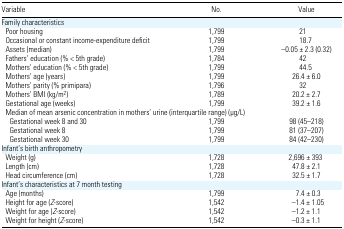
| Variable | No. | Value |
 | --- | --- | --- |
 | <COLSPAN=3> Family characteristics |
 | Poor housing | 1,799 | 21 |
 | Occasional or constant income-expenditure deficit | 1,799 | 18.7 |
 | Assets (median) | 1,799 | −0.05 ± 2.3 (0.32) |
 | Fathers’ education (% < 5th grade) | 1,784 | 42 |
 | Mothers’ education (% < 5th grade) | 1,799 | 44.5 |
 | Mothers’ age (years) | 1,799 | 26.4 ± 6.0 |
 | Mothers’ parity (% primipara) | 1,796 | 32 |
 | Mothers’ BMI (kg/m2 ) | 1,789 | 20.2 ± 2.7 |
 | Gestational age (weeks) | 1,799 | 39.2 ± 1.6 |
 | <COLSPAN=3> Median of mean arsenic concentration in mothers’ urine (interquartile range) (μg/L) |
 | Gestational week 8 and 30 | 1,799 | 98 (45–218) |
 | Gestational week 8 | 1,799 | 81 (37–207) |
 | Gestational week 30 | 1,799 | 84 (42–230) |
 | <COLSPAN=3> Infant’s birth anthropometry |
 | Weight (g) | 1,728 | 2,696 ± 393 |
 | Length (cm) | 1,728 | 47.8 ± 2.1 |
 | Head circumference (cm) | 1,728 | 32.5 ± 1.7 |
 | <COLSPAN=3> Infant’s characteristics at 7 month testing |
 | Age (months) | 1,799 | 7.4 ± 0.3 |
 | Height for age (Z-score) | 1,542 | −1.4 ± 1.05 |
 | Weight for age (Z-score) | 1,542 | −1.2 ± 1.1 |
 | Weight for height (Z-score) | 1,542 | −0.3 ± 1.1 |